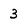
Character: 3